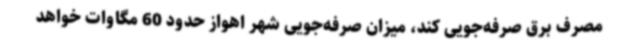
مصرف برق صرفه‌جویی کند، میزان صرفه‌جویی شهر اهواز حدود 60 مگاوات خواهد